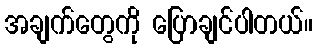
အချက်တွေကို ပြောချင်ပါတယ်။